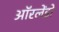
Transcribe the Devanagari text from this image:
ऑरलेंडो